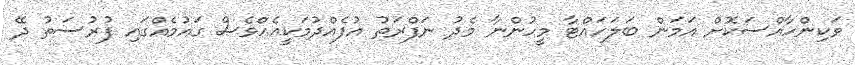
ވަކިންހާއްސަކޮށް އަމަން ބަލަހައްޓާ މީހުންނާ މެދު ނަފްރަތު އުފެއްދުމަކީއެއްވެސް ގައުމެއްގައި ފުރުސަތު ދޭ